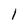
Character: 1